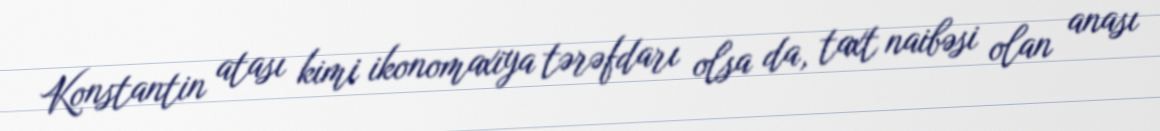
Konstantin atası kimi ikonomaxiya tərəfdarı olsa da, taxt naibəsi olan anası